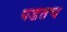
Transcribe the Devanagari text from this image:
पडतच